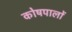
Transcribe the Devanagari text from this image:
कोषपालों